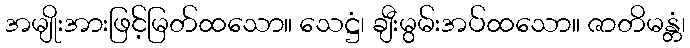
အမျိုးအားဖြင့်မြတ်ထသော။ သေဋ္ဌံ၊ ချီးမွမ်းအပ်ထသော။ ဇာတိမန္တံ၊